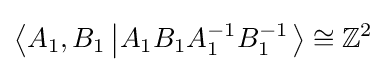
\left\langle A_{1},B_{1}\left|A_{1}B_{1}A_{1}^{-1}B_{1}^{-1}\right.\right\rangle \cong \mathbb {Z} ^{2}